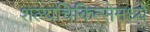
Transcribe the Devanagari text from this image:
शल्यचिकित्सेमध्ये